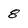
Character: 8